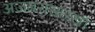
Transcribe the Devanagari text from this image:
अजगरासारखी